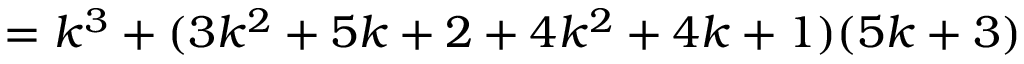
= k ^ { 3 } + ( 3 k ^ { 2 } + 5 k + 2 + 4 k ^ { 2 } + 4 k + 1 ) ( 5 k + 3 )